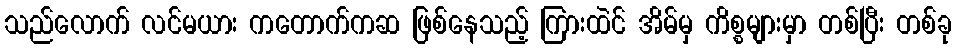
သည်လောက် လင်မယား ကတောက်ကဆ ဖြစ်နေသည့် ကြားထဲင် အိမ်မှ ကိစ္စများမှာ တစ်ပြီး တစ်ခု